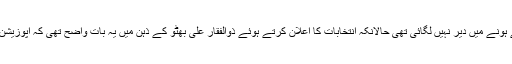
1977ء میں بھی اپوزیشن جماعتوں نے اکٹھے ہونے میں دیر نہیں لگائی تھی حالانکہ انتخابات کا اعلان کرتے ہوئے ذوالفقار علی بھٹو کے ذہن میں یہ بات واضح تھی کہ اپوزیشن منتشر ہے، وہ اسے آسانی سے پچھاڑ لیں گے۔